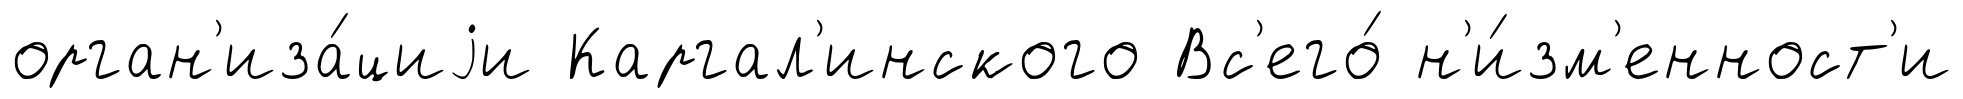
орган'иза́циjи Каргал'инского Вс'его́ н'и́зм'енност'и